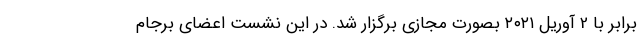
برابر با 2 آوریل ۲۰۲۱ بصورت مجازی برگزار شد. در این نشست اعضای برجام